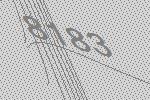
8183